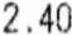
2.40